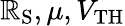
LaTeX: \mathbb{R}_{\mathrm{S}},\mu,V_{\mathrm{{TH}}}